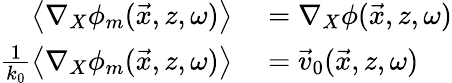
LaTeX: \begin{array}{rl}{\left\langle\nabla_{X}\phi_{m}(\vec{x},z,\omega)\right\rangle}&{{}=\nabla_{X}\phi(\vec{x},z,\omega)}\\ {\frac{1}{k_{0}}\left\langle\nabla_{X}\phi_{m}(\vec{x},z,\omega)\right\rangle}&{{}=\vec{v}_{0}(\vec{x},z,\omega)}\end{array}